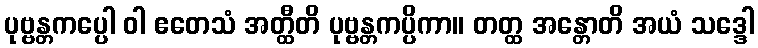
ပုဗ္ဗန္တကပ္ပေါ ဝါ ဧတေသံ အတ္ထီတိ ပုဗ္ဗန္တကပ္ပိကာ။ တတ္ထ အန္တောတိ အယံ သဒ္ဒေါ